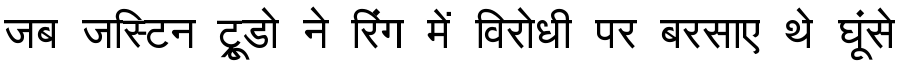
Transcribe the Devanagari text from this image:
जब जस्टिन ट्रूडो ने रिंग में विरोधी पर बरसाए थे घूंसे